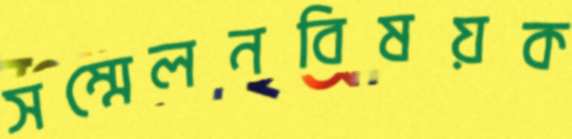
সম্মেলনবিষয়ক